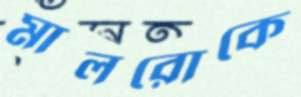
মালরোকে